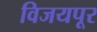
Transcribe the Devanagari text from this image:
विजयपूर